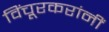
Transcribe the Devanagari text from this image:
विंचूरकरांनीं